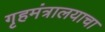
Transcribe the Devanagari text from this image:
गृहमंत्रालयाचा